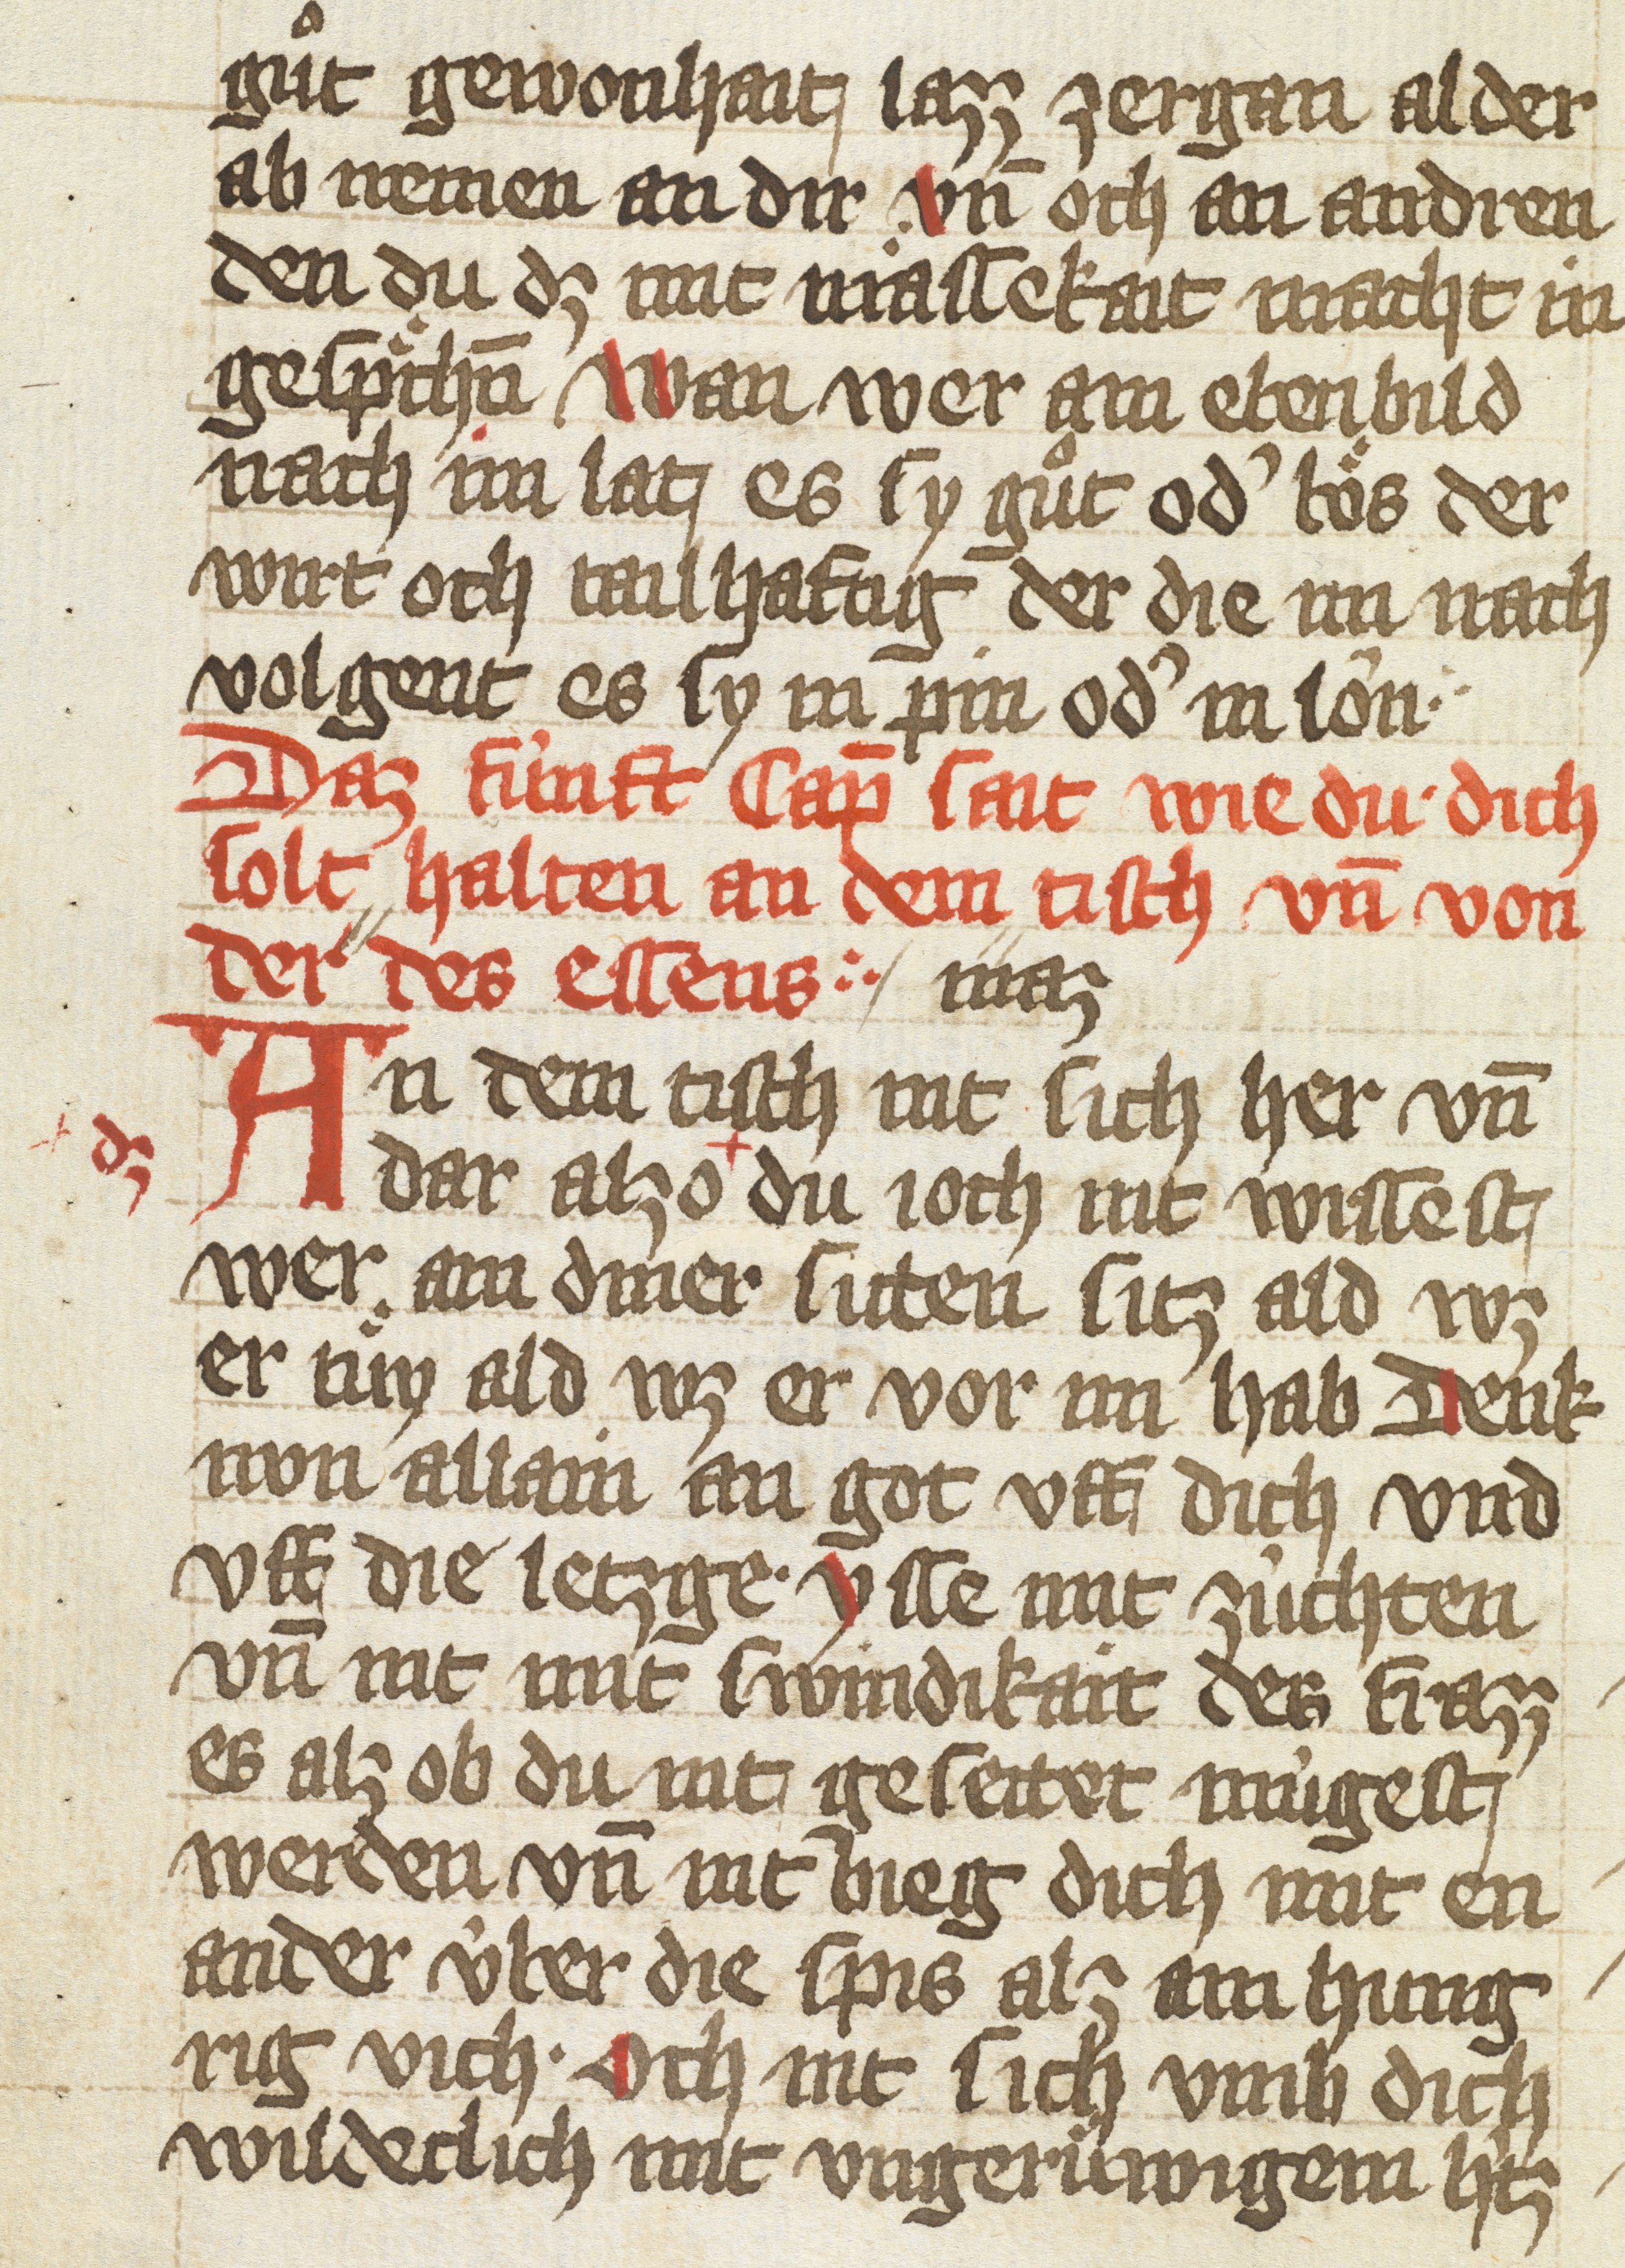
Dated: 1425–1425